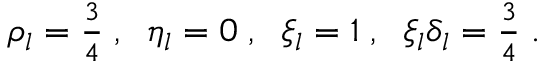
\begin{array} { r } { \rho _ { l } = { \frac { 3 } { 4 } } \; , \; \; \eta _ { l } = 0 \; , \; \; \xi _ { l } = 1 \; , \; \; \xi _ { l } \delta _ { l } = { \frac { 3 } { 4 } } \; . } \end{array}